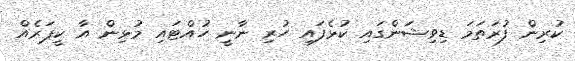
ކުރިން ފުރަތަމަ ޑިވިޝަންގައި ކުޅެފައި ހުރި ނާނީ ހުއްޓައި މުޅިން އާ ކީޕަރެއް